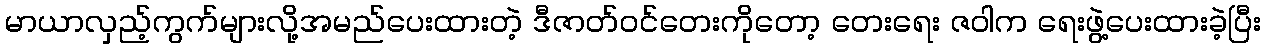
မာယာလှည့်ကွက်များလို့အမည်ပေးထားတဲ့ ဒီဇာတ်ဝင်တေးကိုတော့ တေးရေး ဇဝါက ရေးဖွဲ့ပေးထားခဲ့ပြီး